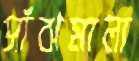
সাঁঝমালা